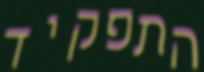
התפקיד